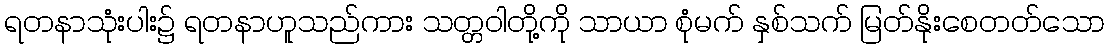
ရတနာသုံးပါး၌ ရတနာဟူသည်ကား သတ္တဝါတို့ကို သာယာ စုံမက် နှစ်သက် မြတ်နိုးစေတတ်သော